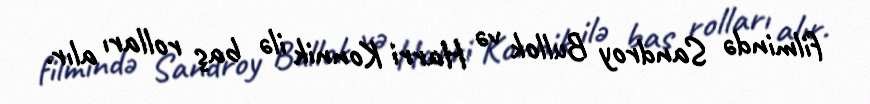
filmində Sandroy Bullok və Harri Konnik ilə baş rolları alır.